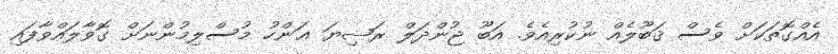
އެއްގޮތަކަށް ވެސް ޤަބޫލެއް ނުކުރިއެވެ. އަބޫ ޖުންދަލް ރަޟިޔަ ޢަންހު މުސްލިމުންނަށް ގޮވާލައްވާފައި